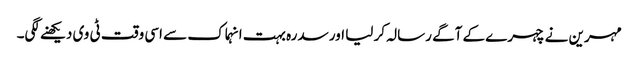
مہرین نے چہرے کے آگے رسالہ کر لیا اور سدرہ بہت انہماک سے اسی وقت ٹی وی دیکھنے لگی۔